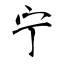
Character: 宁